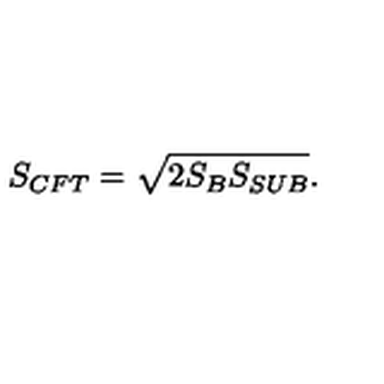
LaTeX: S _ { C F T } = \sqrt { 2 S _ { B } S _ { S U B } } .